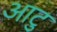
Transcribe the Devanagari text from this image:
आटु